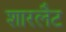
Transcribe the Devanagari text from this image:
शारलैट